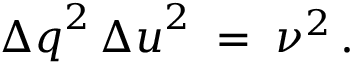
{ \Delta q } ^ { 2 } \, { \Delta u } ^ { 2 } \; = \; \nu ^ { 2 } \, .